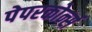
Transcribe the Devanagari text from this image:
पेपरकोर्न्स